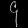
Digit: ၄